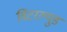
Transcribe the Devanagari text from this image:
विंटरल्युड